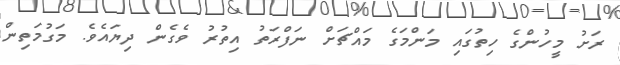
ރަށު މީހުންގެ ހިތުގައި މަންމަގެ މައްޗަށް ނަފްރަތު އިތުރު ވެގެން ދިޔައެވެ. މަގުމަތިން